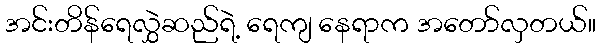
အင်းတိန်ရေလွှဲဆည်ရဲ့ ရေကျ နေရာက အတော်လှတယ်။